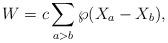
LaTeX: \begin{align*}W = c \sum_{a>b} \wp(X_a-X_b), \end{align*}